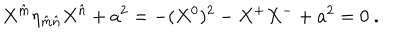
X ^ { \hat { m } } \eta _ { \hat { m } \hat { n } } X ^ { \hat { n } } + a ^ { 2 } = - ( X ^ { 0 } ) ^ { 2 } - X ^ { + } X ^ { - } + a ^ { 2 } = 0 \ .